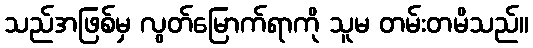
သည်အဖြစ်မှ လွတ်မြောက်ရာကို သူမ တမ်းတမိသည်။